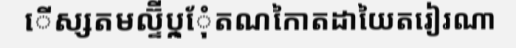
ើស្សតមល្ទ៊ីប្ក្ែុំតណកៃាតដាយៃតរៀរណា